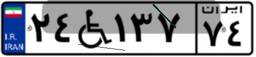
۲۴W۱۳۷۷۴